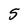
Character: S